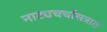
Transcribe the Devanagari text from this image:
नाट्यचर्चासत्रात